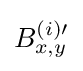
B_{x,y}^{(i)\prime }